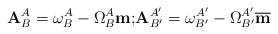
LaTeX: \begin{align*}\mathbf{A}_{B}^{A}=\omega_{B}^{A}-\Omega_{B}^{A}\mathbf{m}\text{;}\mathbf{A}_{B^{\prime}}^{A^{\prime}}=\omega_{B^{\prime}}^{A^{\prime}}-\Omega_{B^{\prime}}^{A^{\prime}}\overline{\mathbf{m}}\end{align*}